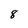
Character: 8